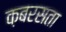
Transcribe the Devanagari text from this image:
क़बरसता